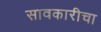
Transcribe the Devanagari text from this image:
सावकारीचा